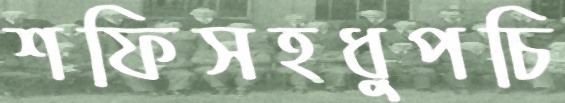
শফিসহধুপচি